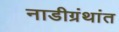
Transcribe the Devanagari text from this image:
नाडीग्रंथांत